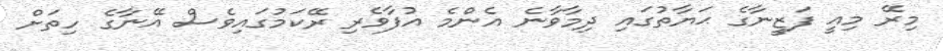
މިރޭ މިއީ ފަޒީނާގެ ޙަޔާތުގައި ދިމާވާނެ އެންމެ އުފާވެރި ރޭކަމުގައިވެސް އޭނާގެ ހިތަށް